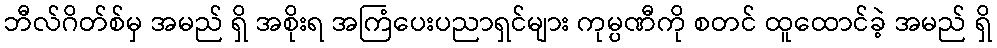
ဘီလ်ဂိတ်စ်မှ အမည် ရှိ အစိုးရ အကြံပေးပညာရှင်များ ကုမ္ပဏီကို စတင် ထူထောင်ခဲ့ အမည် ရှိ